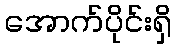
အောက်ပိုင်းရှိ